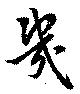
幾